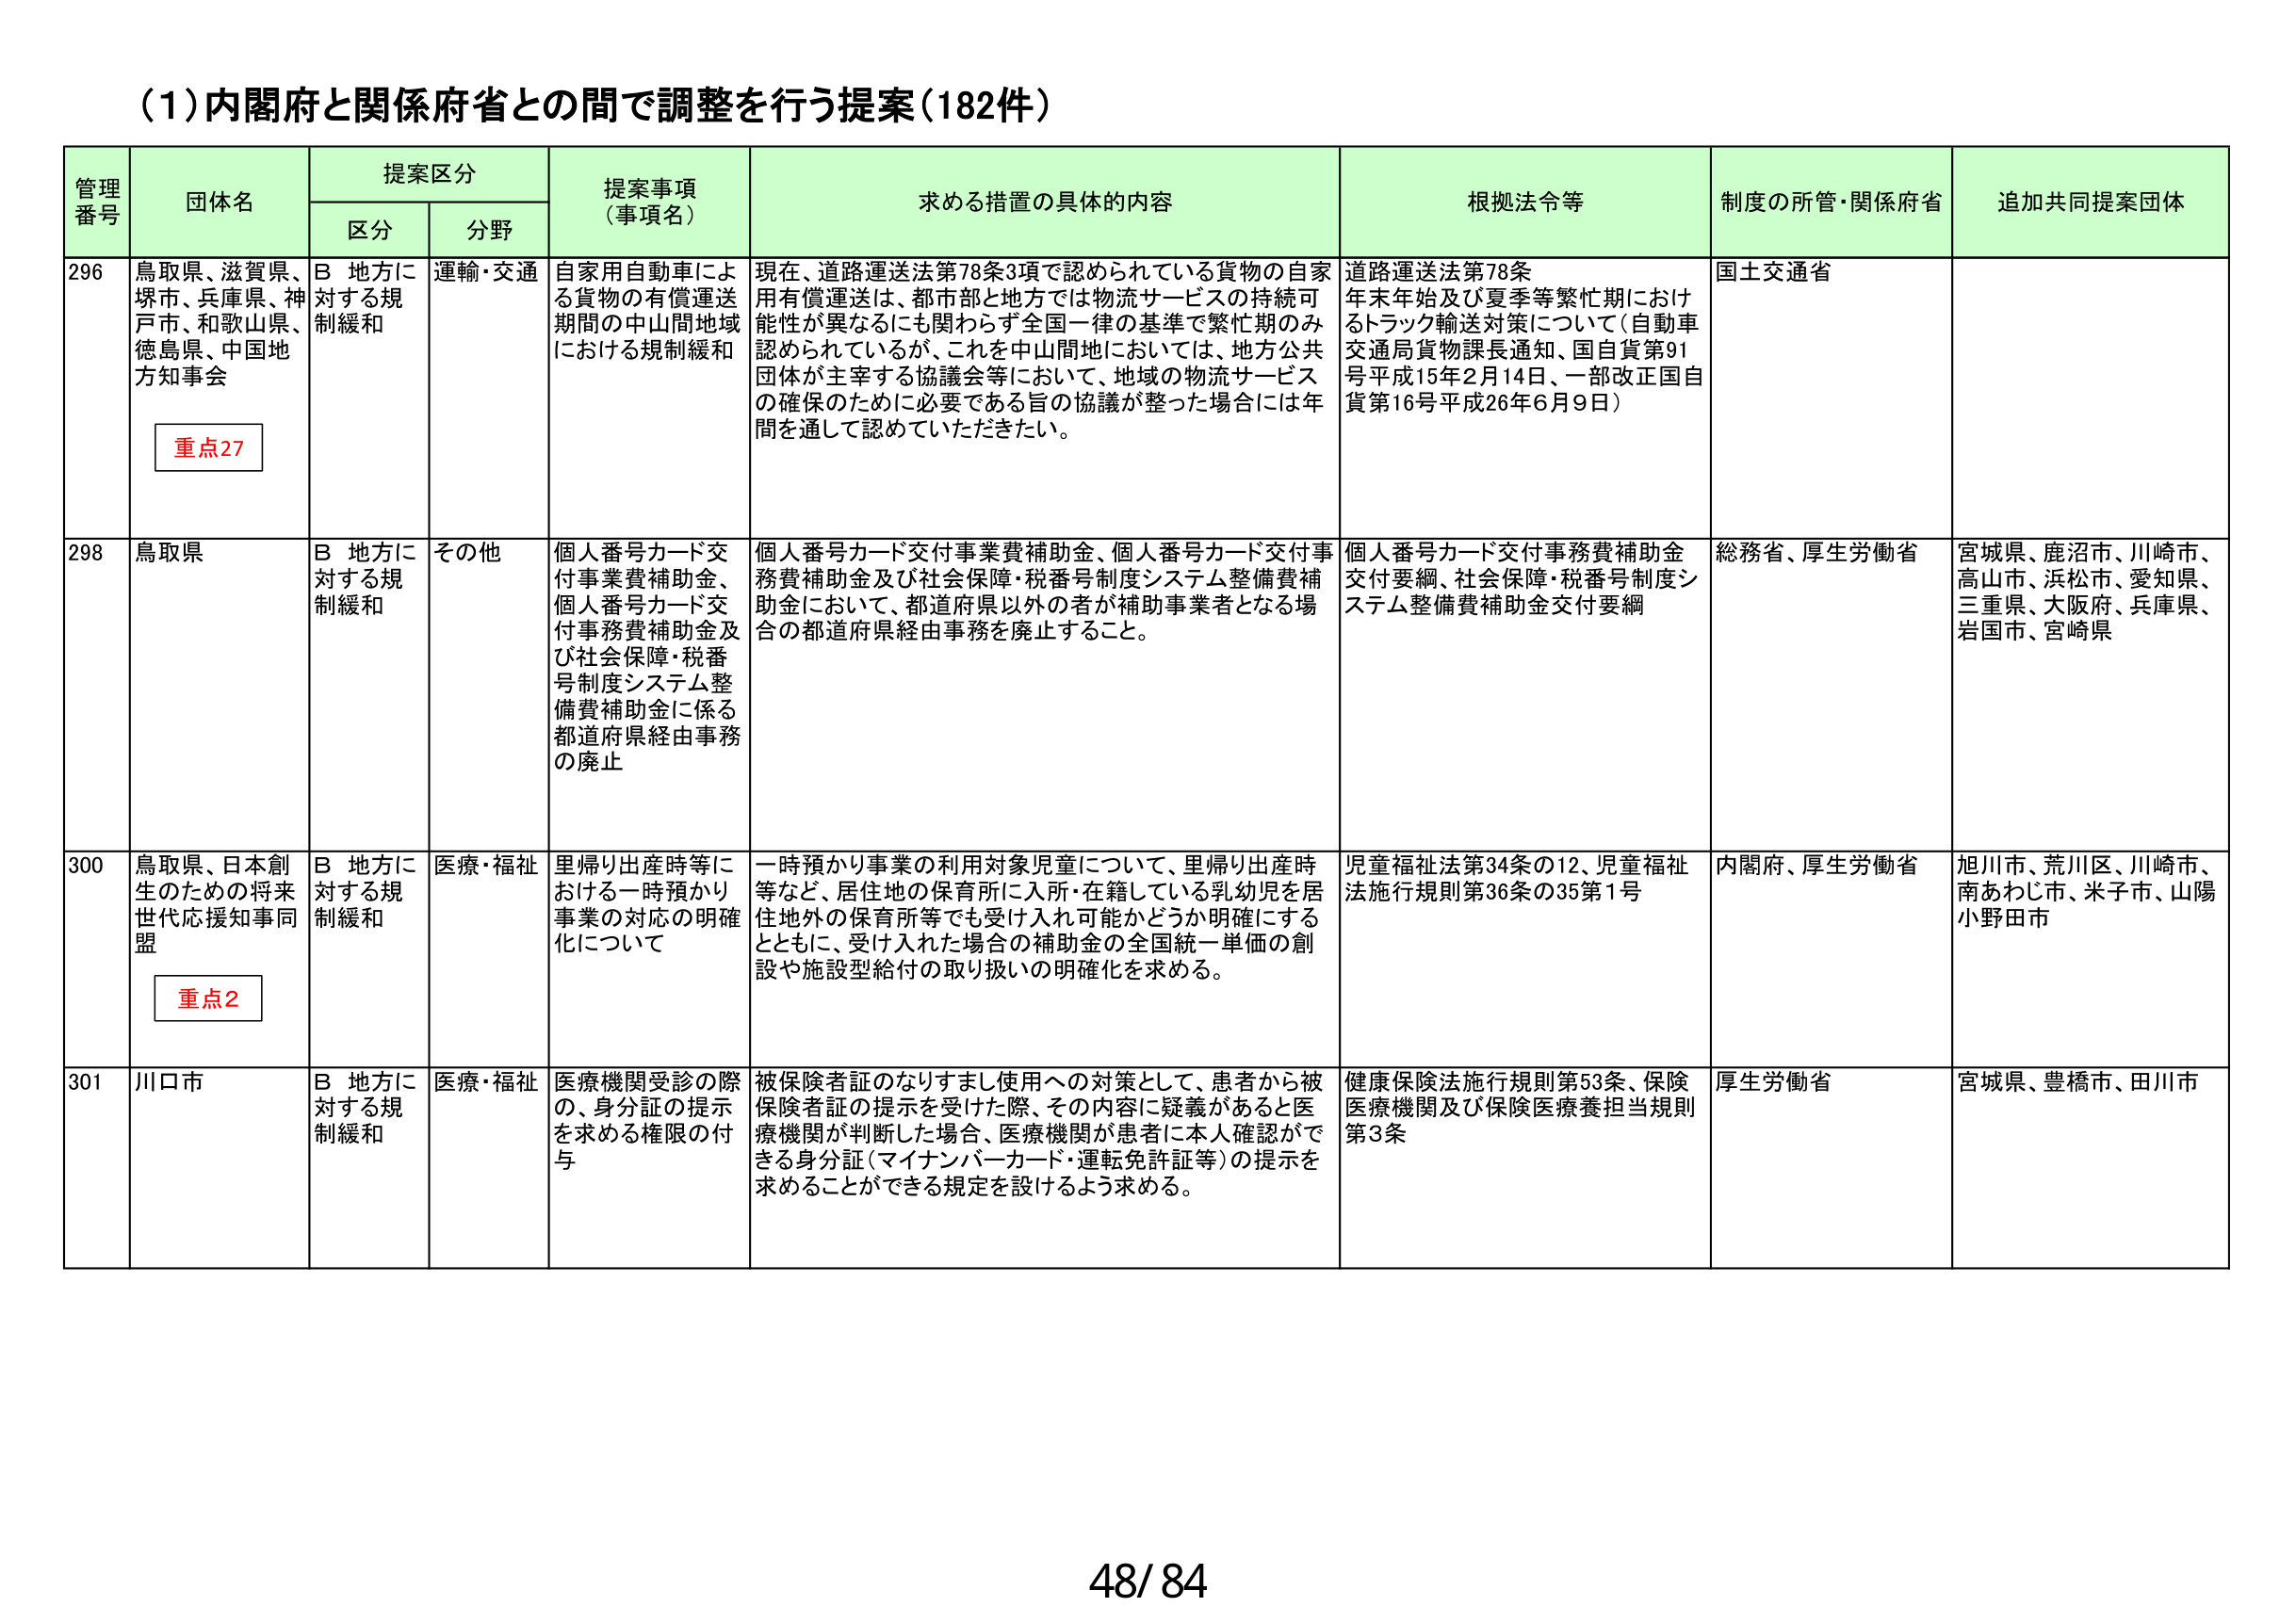
(1)内閣府と関係府省との間で調整を行う提案(182件)

管理番号	団体名	提案区分	提案事項（事項名）	求める措置の具体的内容	根拠法令等	制度の所管・関係府省	追加共同提案団体
		区分	分野
296	鳥取県、滋賀県、堺市、兵庫県、神戸市、和歌山県、徳島県、中国地方知事会	Ｂ 地方に対する規制緩和	運輸・交通	自家用自動車による貨物の有償運送期間の中山間地域における規制緩和	現在、道路運送法第78条3項で認められている貨物の自家用有償運送は、都市部と地方では物流サービスの持続可能性が異なるにも関わらず全国一律の基準で繁忙期のみ認められているが、これを中山間地においては、地方公共団体が主宰する協議会等において、地域の物流サービスの確保のために必要である旨の協議が整った場合には年間を通して認めていただきたい。	道路運送法第78条
年末年始及び夏季等繁忙期におけるトラック輸送対策について（自動車交通局貨物課長通知、国自貨第91号平成15年2月14日、一部改正国自貨第16号平成26年6月9日）	国土交通省
	重点27
298	鳥取県	Ｂ 地方に対する規制緩和	その他	個人番号カード交付事業費補助金、個人番号カード交付事務費補助金及び社会保障・税番号制度システム整備費補助金に係る都道府県経由事務の廃止	個人番号カード交付事業費補助金、個人番号カード交付事務費補助金及び社会保障・税番号制度システム整備費補助金において、都道府県以外の者が補助事業者となる場合の都道府県経由事務を廃止すること。	個人番号カード交付事務費補助金交付要綱、社会保障・税番号制度システム整備費補助金交付要綱	総務省、厚生労働省	宮城県、鹿沼市、川崎市、高山市、浜松市、愛知県、三重県、大阪府、兵庫県、岩国市、宮崎県
300	鳥取県、日本創生のための将来世代応援知事同盟	Ｂ 地方に対する規制緩和	医療・福祉	里帰り出産時等における一時預かり事業の対応の明確化について	一時預かり事業の利用対象児童について、里帰り出産時等など、居住地の保育所に入所・在籍している乳幼児を居住地外の保育所等でも受け入れ可能かどうか明確にするとともに、受け入れた場合の補助金の全国統一単価の創設や施設型給付の取り扱いの明確化を求める。	児童福祉法第34条の12、児童福祉法施行規則第36条の35第1号	内閣府、厚生労働省	旭川市、荒川区、川崎市、南あわじ市、米子市、山陽小野田市
	重点2
301	川口市	Ｂ 地方に対する規制緩和	医療・福祉	医療機関受診の際の、身分証の提示を求める権限の付与	被保険者証のなりすまし使用への対策として、患者から被保険者証の提示を受けた際、その内容に疑義があると医療機関が判断した場合、医療機関が患者に本人確認ができる身分証（マイナンバーカード・運転免許証等）の提示を求めることができる規定を設けるよう求める。	健康保険法施行規則第53条、保険医療機関及び保険医療養担当規則第3条	厚生労働省	宮城県、豊橋市、田川市

48/84